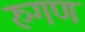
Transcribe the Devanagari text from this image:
रुगण